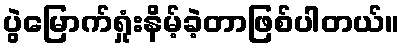
ပွဲမြောက်ရှုံးနိမ့်ခဲ့တာဖြစ်ပါတယ်။